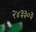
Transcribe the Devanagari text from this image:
२४३३०३